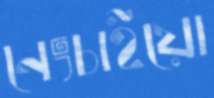
নেংচাইয়ো